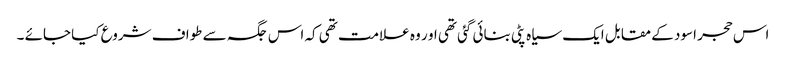
اس حجر اسود کے مقابل ایک سیاہ پٹی بنائی گئی تھی او ر وہ علامت تھی کہ اس جگہ سے طواف شروع کیا جائے ۔